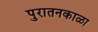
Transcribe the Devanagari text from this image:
पुरातनकाळा